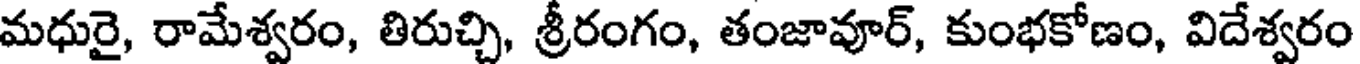
మధురై, రామేశ్వరం, తిరుచ్చి, శ్రీరంగం, తంజావూర్, కుంభకోణం, విదేశ్వరం